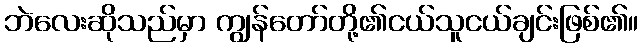
ဘဲလေးဆိုသည်မှာ ကျွန်တော်တို့၏ငယ်သူငယ်ချင်းဖြစ်၏။